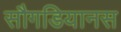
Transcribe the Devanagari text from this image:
सौगडियानस